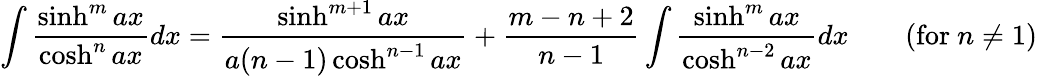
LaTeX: \int{\frac{\sinh^{m}ax}{\cosh^{n}ax}}dx={\frac{\sinh^{m+1}ax}{a(n-1)\cosh^{n-1}ax}}+{\frac{m-n+2}{n-1}}\int{\frac{\sinh^{m}ax}{\cosh^{n-2}ax}}dx\qquad{\mathrm{(for~}}n\neq 1{\mathrm{)}}